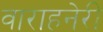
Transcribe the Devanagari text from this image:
वाराहनेरी